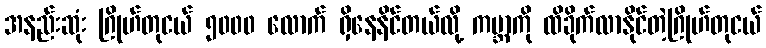
အနည်းဆုံး ဂြိုဟ်တုငယ် ၅၀၀၀ လောက် ရှိနေနိင်တယ်လို့ ကမ္ဘာကို ထိခိုက်လာနိုင်တဲ့ဂြိုဟ်တုငယ်